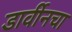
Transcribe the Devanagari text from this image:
डार्वीनचा